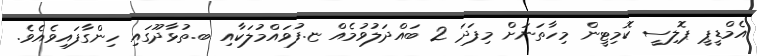
އެމްޑީޕީ ޕޮލިސީ ކޮމިޓީން މިހާތަނަށް މިފަދަ 2 ބައްދަލުވުމެއް ޏ.ފުވައްމުލަކާއި ބ.ތުޅާދޫގައި ހިންގާފައިވެއެވެ.